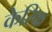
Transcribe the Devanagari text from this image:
केरिक